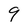
Character: 9